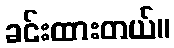
ခင်းထားတယ်။